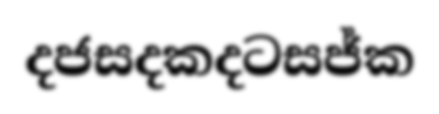
දජසදකදටසජ්ක